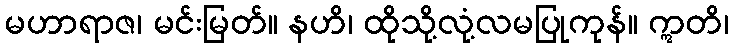
မဟာရာဇ၊ မင်းမြတ်။ နဟိ၊ ထိုသို့လုံ့လမပြုကုန်။ ဣတိ၊